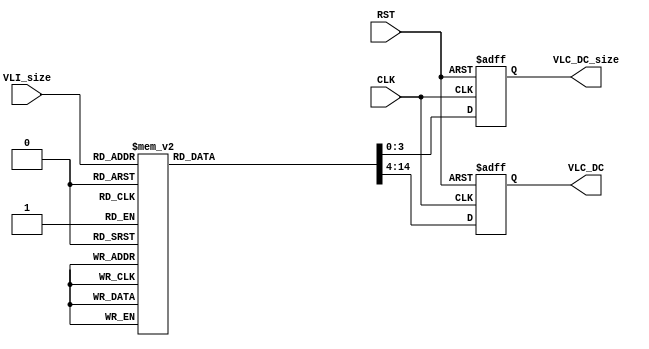
// File ../design/DC_CR_ROM_c.vhd translated with vhd2vl v2.4 VHDL to Verilog RTL translator
// vhd2vl settings:
//  * Verilog Module Declaration Style: 2001

// vhd2vl is Free (libre) Software:
//   Copyright (C) 2001 Vincenzo Liguori - Ocean Logic Pty Ltd
//     http://www.ocean-logic.com
//   Modifications Copyright (C) 2006 Mark Gonzales - PMC Sierra Inc
//   Modifications (C) 2010 Shankar Giri
//   Modifications Copyright (C) 2002, 2005, 2008-2010 Larry Doolittle - LBNL
//     http://doolittle.icarus.com/~larry/vhd2vl/
//
//   vhd2vl comes with ABSOLUTELY NO WARRANTY.  Always check the resulting
//   Verilog for correctness, ideally with a formal verification tool.
//
//   You are welcome to redistribute vhd2vl under certain conditions.
//   See the license (GPLv2) file included with the source for details.

// The result of translation follows.  Its copyright status should be
// considered unchanged from the original VHDL.

//-----------------------------------------------------------------------------
//
// Project   : JPEG_ENC
//
// Module    : DC_CR_ROM
//
// Content   : DC_CR_ROM Chrominance
//
// Description : 
//
// Spec.     : 
//
//
//-----------------------------------------------------------------------------
// History :
// 20090329: (MK): Initial Creation.
//-----------------------------------------------------------------------------
// //////////////////////////////////////////////////////////////////////////////
// /// Copyright (c) 2013, Jahanzeb Ahmad
// /// All rights reserved.
// ///
// /// Redistribution and use in source and binary forms, with or without modification, 
// /// are permitted provided that the following conditions are met:
// ///
// ///  * Redistributions of source code must retain the above copyright notice, 
// ///    this list of conditions and the following disclaimer.
// ///  * Redistributions in binary form must reproduce the above copyright notice, 
// ///    this list of conditions and the following disclaimer in the documentation and/or 
// ///    other materials provided with the distribution.
// ///
// ///    THIS SOFTWARE IS PROVIDED BY THE COPYRIGHT HOLDERS AND CONTRIBUTORS "AS IS" AND ANY 
// ///    EXPRESS OR IMPLIED WARRANTIES, INCLUDING, BUT NOT LIMITED TO, THE IMPLIED WARRANTIES 
// ///    OF MERCHANTABILITY AND FITNESS FOR A PARTICULAR PURPOSE ARE DISCLAIMED. IN NO EVENT 
// ///    SHALL THE COPYRIGHT HOLDER OR CONTRIBUTORS BE LIABLE FOR ANY DIRECT, INDIRECT, 
// ///    INCIDENTAL, SPECIAL, EXEMPLARY, OR CONSEQUENTIAL DAMAGES (INCLUDING, BUT NOT 
// ///    LIMITED TO, PROCUREMENT OF SUBSTITUTE GOODS OR SERVICES; LOSS OF USE, DATA, OR 
// ///    PROFITS; OR BUSINESS INTERRUPTION) HOWEVER CAUSED AND ON ANY THEORY OF LIABILITY, 
// ///    WHETHER IN CONTRACT, STRICT LIABILITY, OR TORT (INCLUDING NEGLIGENCE OR OTHERWISE) 
// ///    ARISING IN ANY WAY OUT OF THE USE OF THIS SOFTWARE, EVEN IF ADVISED OF THE 
// ///   POSSIBILITY OF SUCH DAMAGE.
// ///
// ///
// ///  * http://opensource.org/licenses/MIT
// ///  * http://copyfree.org/licenses/mit/license.txt
// ///
// //////////////////////////////////////////////////////////////////////////////
// no timescale needed

module DC_CR_ROM
(
 input wire 	   CLK,
 input wire 	   RST,
 input wire [3:0]  VLI_size,
 output reg [3:0]  VLC_DC_size,
 output reg [10:0] VLC_DC
);



  //-----------------------------------------------------------------
  // DC-ROM
  //-----------------------------------------------------------------
  always @(posedge CLK or posedge RST) begin
    if(RST == 1'b 1) begin
      VLC_DC_size <= 4'h 0;
      VLC_DC <= {11{1'b0}};
    end else begin
      case(VLI_size)
      4'h 0 : begin
        VLC_DC_size <= 4'h 2;
        VLC_DC <= (2'b 00);
      end
      4'h 1 : begin
        VLC_DC_size <= 4'h 2;
        VLC_DC <= (2'b 01);
      end
      4'h 2 : begin
        VLC_DC_size <= 4'h 2;
        VLC_DC <= (2'b 10);
      end
      4'h 3 : begin
        VLC_DC_size <= 4'h 3;
        VLC_DC <= (3'b 110);
      end
      4'h 4 : begin
        VLC_DC_size <= 4'h 4;
        VLC_DC <= (4'b 1110);
      end
      4'h 5 : begin
        VLC_DC_size <= 4'h 5;
        VLC_DC <= (5'b 11110);
      end
      4'h 6 : begin
        VLC_DC_size <= 4'h 6;
        VLC_DC <= (6'b 111110);
      end
      4'h 7 : begin
        VLC_DC_size <= 4'h 7;
        VLC_DC <= (7'b 1111110);
      end
      4'h 8 : begin
        VLC_DC_size <= 4'h 8;
        VLC_DC <= (8'b 11111110);
      end
      4'h 9 : begin
        VLC_DC_size <= 4'h 9;
        VLC_DC <= (9'b 111111110);
      end
      4'h A : begin
        VLC_DC_size <= 4'h A;
        VLC_DC <= (10'b 1111111110);
      end
      4'h B : begin
        VLC_DC_size <= 4'h B;
        VLC_DC <= (11'b 11111111110);
      end
      default : begin
        VLC_DC_size <= 4'h 0;
        VLC_DC <= {11{1'b0}};
      end
      endcase
    end
  end


endmodule